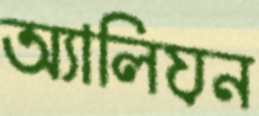
অ্যালিয়ন